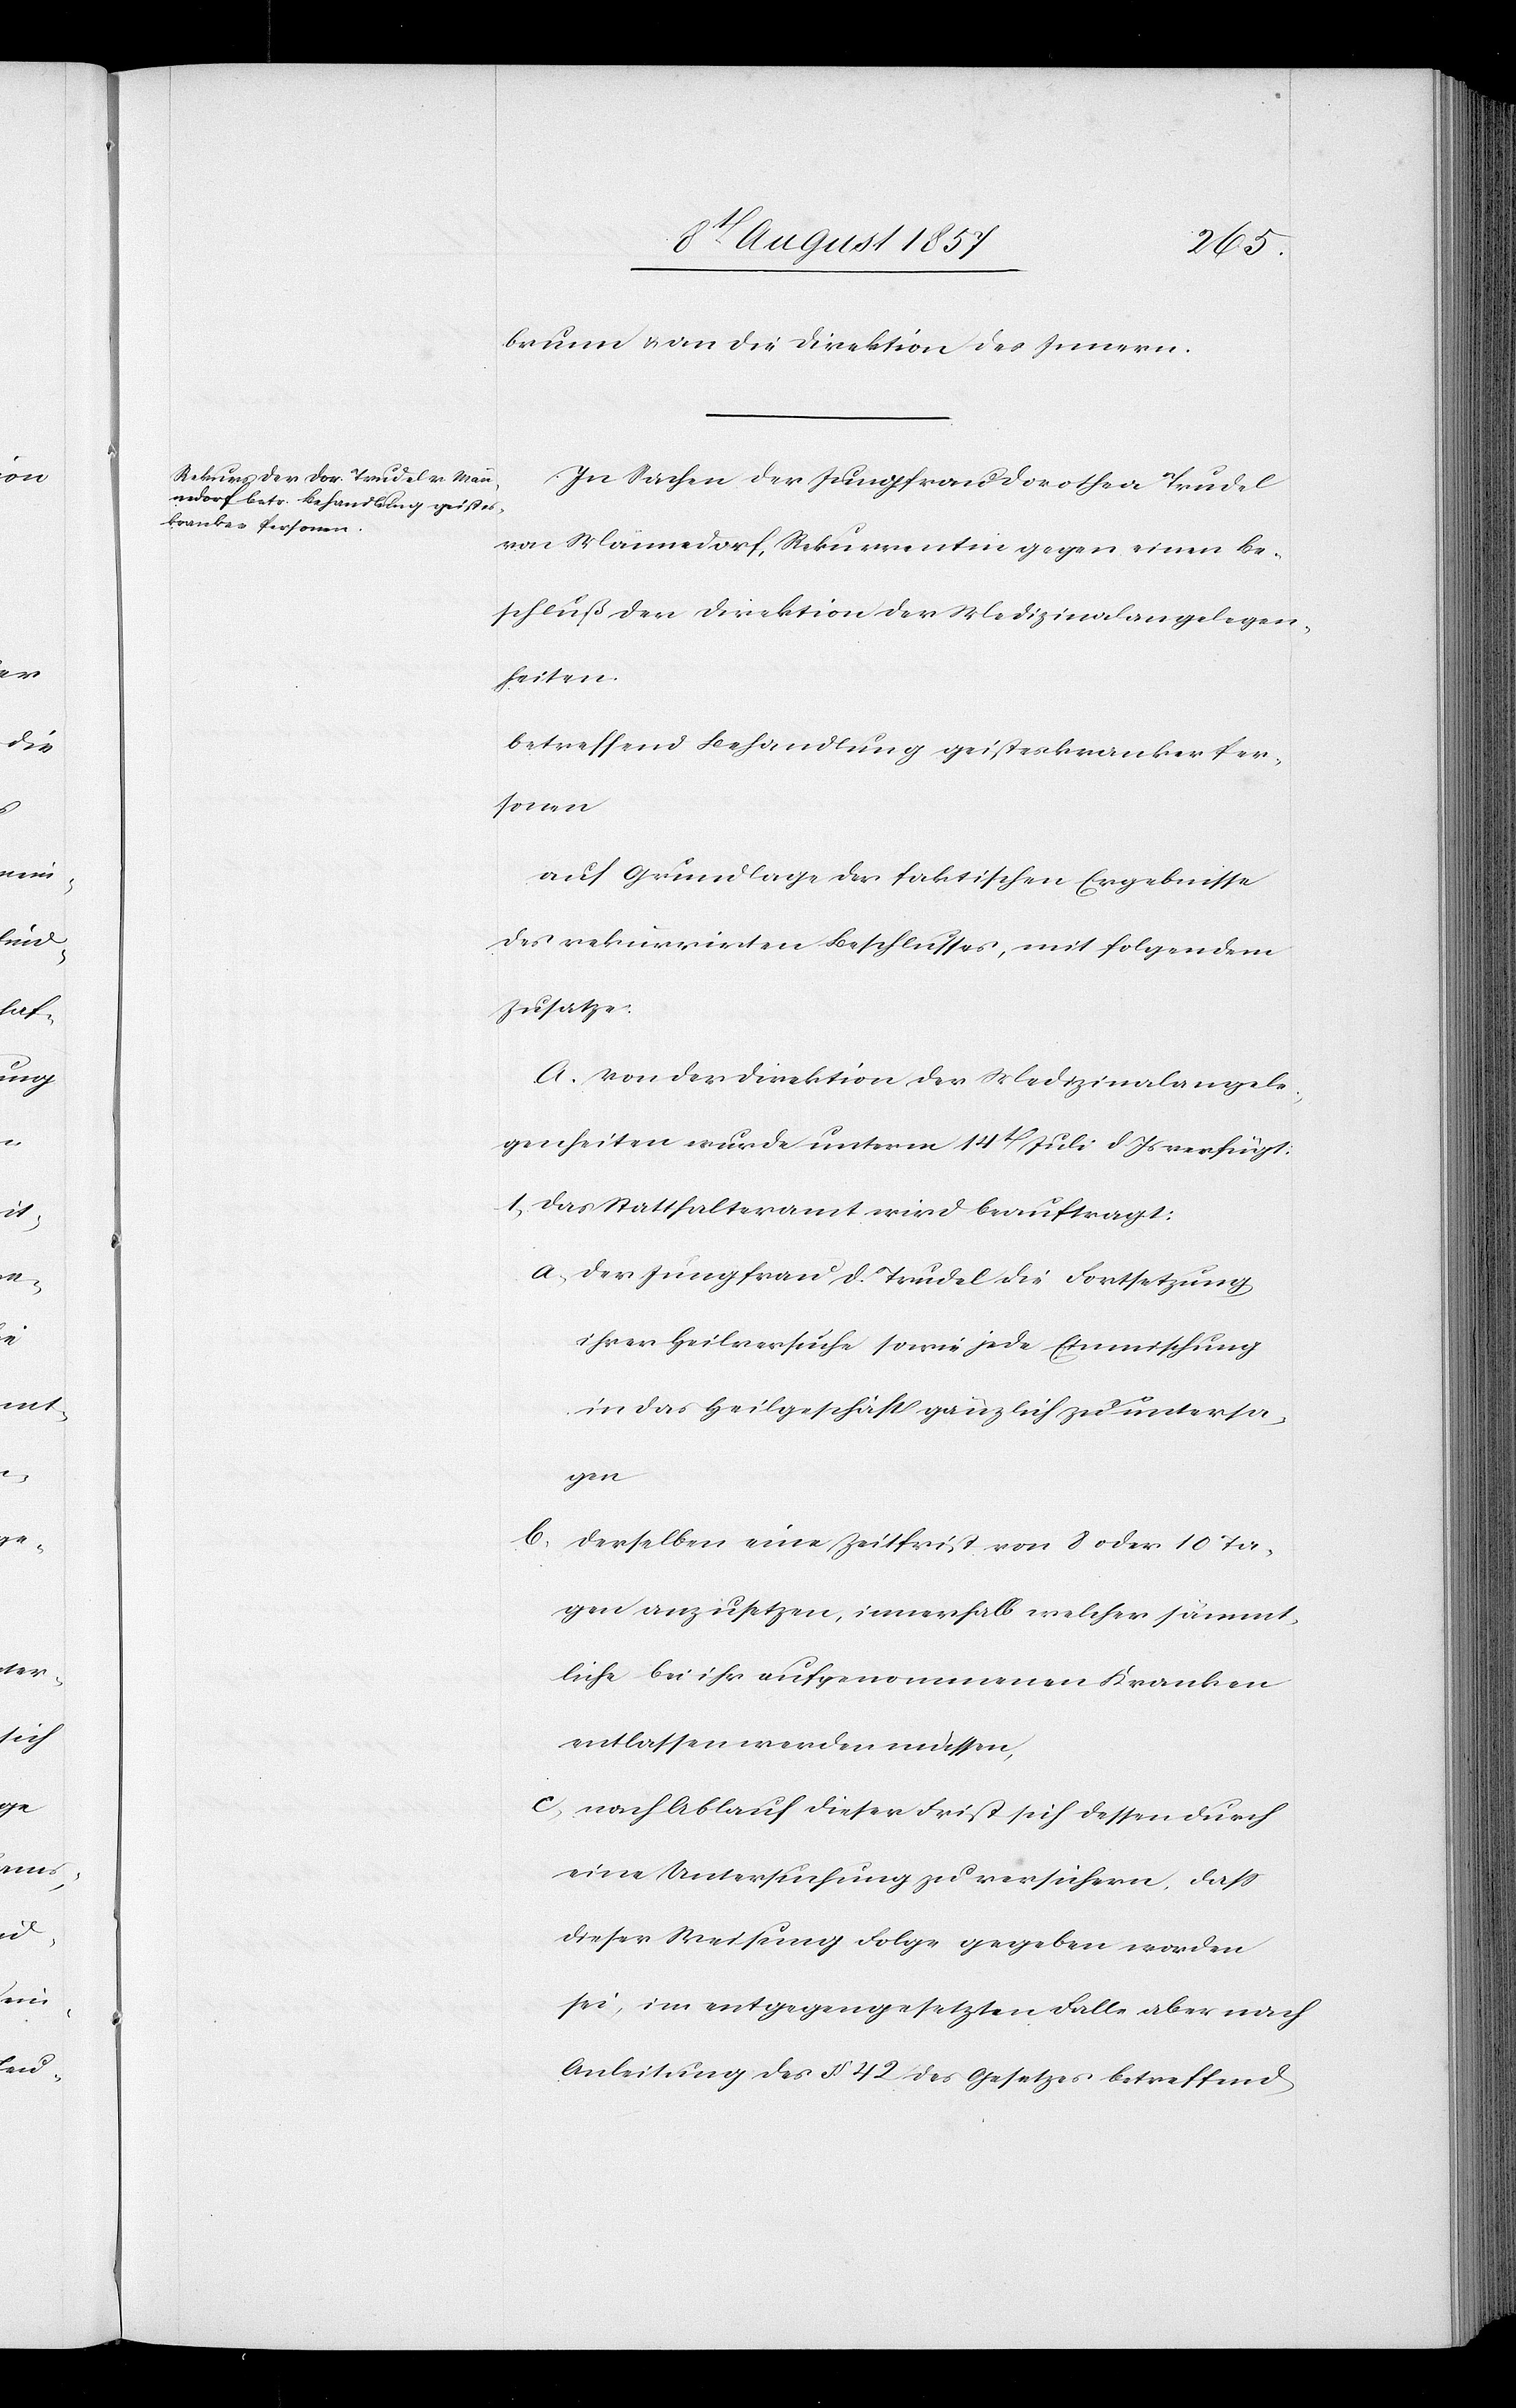
brunn & an die Direktion des Innern.
In Sachen der Jungfrau Dorothea Trudel
von Männedorf, Rekurrentin gegen einen Be¬
schluß der Direktion der Medizinalangelegen¬
heiten.
betreffend Behandlung geisteskranker Per¬
sonen
auf Grundlage der faktischen Ergebnisse
des rekurrirten Beschlusses, mit folgendem
Zusatze:
A. Von der Direktion der Medizinalangele¬
genheiten wurde unterm 14t Juli d. Js. verfügt:
1, Das Statthalteramt wird beauftragt:
a, der Jungfrau D. Trudel die Fortsetzung
ihrer Heilversuche sowie jede Einmischung
in das Heilgeschäft gänzlich zu untersa¬
gen
b. derselben eine Zeitfrist von 8 oder 10 Ta¬
gen anzusetzen, innerhalb welcher sämmt¬
liche bei ihr aufgenommenen Kranken
entlassen werden müssen,
c, nach Ablauf dieser Frist sich dessen durch
eine Untersuchung zu versichern, daß
dieser Weisung Folge gegeben worden
sei, im entgegengesetzten Falle aber nach
Anleitung des § 42 des Gesetzes betreffend